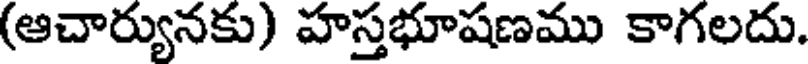
(ఆచార్యునకు) హస్తభూషణము కాగలదు.